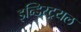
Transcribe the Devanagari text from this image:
इन्ड्स्ट्रियल